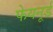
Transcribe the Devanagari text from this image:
फेयनूर्ड